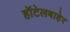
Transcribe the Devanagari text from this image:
हॉटेलबाहेर